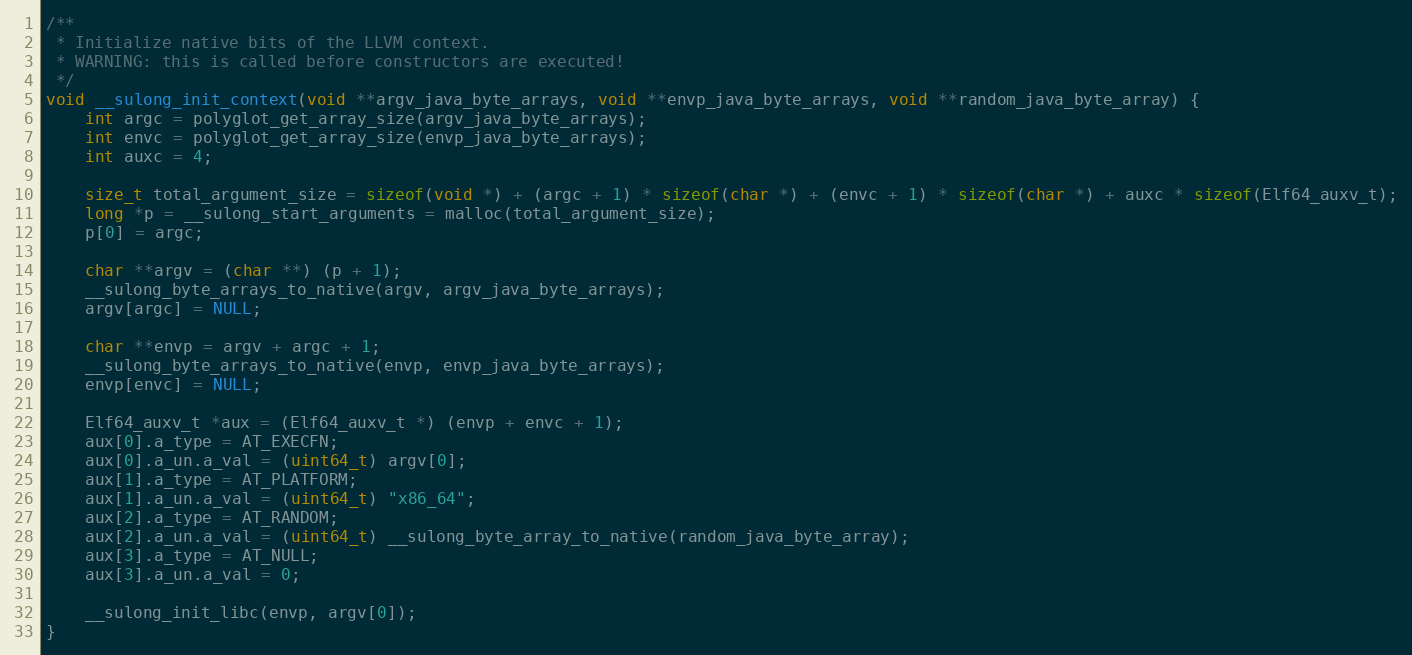
Language: C
/**
 * Initialize native bits of the LLVM context.
 * WARNING: this is called before constructors are executed!
 */
void __sulong_init_context(void **argv_java_byte_arrays, void **envp_java_byte_arrays, void **random_java_byte_array) {
    int argc = polyglot_get_array_size(argv_java_byte_arrays);
    int envc = polyglot_get_array_size(envp_java_byte_arrays);
    int auxc = 4;

    size_t total_argument_size = sizeof(void *) + (argc + 1) * sizeof(char *) + (envc + 1) * sizeof(char *) + auxc * sizeof(Elf64_auxv_t);
    long *p = __sulong_start_arguments = malloc(total_argument_size);
    p[0] = argc;

    char **argv = (char **) (p + 1);
    __sulong_byte_arrays_to_native(argv, argv_java_byte_arrays);
    argv[argc] = NULL;

    char **envp = argv + argc + 1;
    __sulong_byte_arrays_to_native(envp, envp_java_byte_arrays);
    envp[envc] = NULL;

    Elf64_auxv_t *aux = (Elf64_auxv_t *) (envp + envc + 1);
    aux[0].a_type = AT_EXECFN;
    aux[0].a_un.a_val = (uint64_t) argv[0];
    aux[1].a_type = AT_PLATFORM;
    aux[1].a_un.a_val = (uint64_t) "x86_64";
    aux[2].a_type = AT_RANDOM;
    aux[2].a_un.a_val = (uint64_t) __sulong_byte_array_to_native(random_java_byte_array);
    aux[3].a_type = AT_NULL;
    aux[3].a_un.a_val = 0;

    __sulong_init_libc(envp, argv[0]);
}